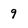
Character: 9